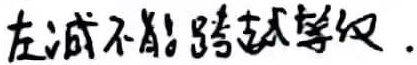
左减不能跨越等级.